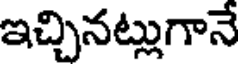
ఇచ్చినట్లుగానే